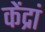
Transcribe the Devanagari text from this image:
केंद्रां